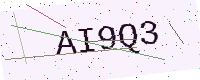
Text: AI9Q3